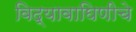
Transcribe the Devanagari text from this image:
विद्यावाघिणीचे